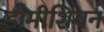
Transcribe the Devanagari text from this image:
डोमीशियन